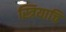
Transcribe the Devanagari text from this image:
स्त्रियाचि